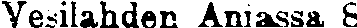
Vesilahden Aniassa 8